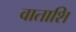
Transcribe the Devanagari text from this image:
वाताशि